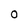
Character: O